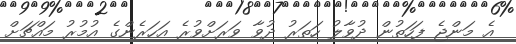
އެ މަންޖެ ފަހަތުން ދުވާލު ހަތަރު ދުވާ ވަރަށްވުރެ އަހަރެންގެ އުމުރު މައްޗަށް